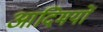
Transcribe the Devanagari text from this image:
आदिमयों